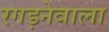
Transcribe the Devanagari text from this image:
रगड़नेवाला